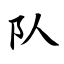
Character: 队